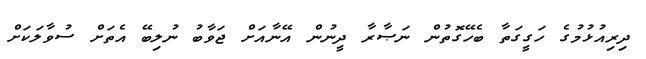
ދިރިއުޅުމުގެ ހަގީގަތާ ބެހޭގޮތުން ނަޞާރާ ދީނުން އޭނާއަށް ޖަވާބު ނުލިބޭ އެތަށް ސުވާލަކަށް